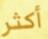
أكثر